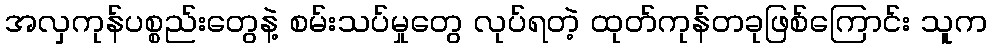
အလှကုန်ပစ္စည်းတွေနဲ့ စမ်းသပ်မှုတွေ လုပ်ရတဲ့ ထုတ်ကုန်တခုဖြစ်ကြောင်း သူက